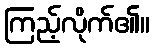
ကြည့်လိုက်၏။